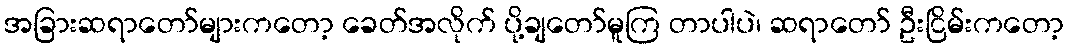
အခြားဆရာတော်များကတော့ ခေတ်အလိုက် ပို့ချတော်မူကြ တာပါပဲ၊ ဆရာတော် ဦးငြိမ်းကတော့